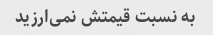
به نسبت قیمتش نمی‌ارزید